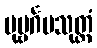
ပုဗ္ဗင်္ဂမသုတ္တံ